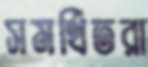
সমর্থিতরা